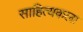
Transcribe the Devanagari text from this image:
साहित्यकला